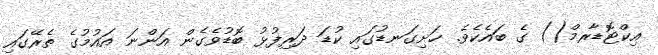
އިކްޓޮޑާރމް() ގެ ބައެކެވެ. ހަށިގަނޑުގައި ކުޑަ ދަރިފުޅު ބޮޑުވެގެން އަންނަ އައުމުގެ ތެރޭގައި